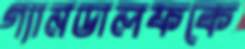
গ্যানডালফকে